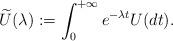
LaTeX: \begin{align*}\widetilde{U}(\lambda):=\int_0^{+\infty}e^{-\lambda t}U(dt).\end{align*}